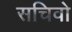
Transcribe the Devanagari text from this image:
सचिवो